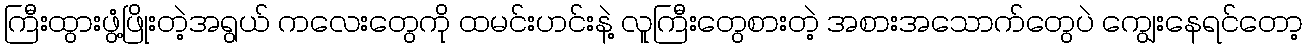
ကြီးထွားဖွံ့ဖြိုးတဲ့အရွယ် ကလေးတွေကို ထမင်းဟင်းနဲ့ လူကြီးတွေစားတဲ့ အစားအသောက်တွေပဲ ကျွေးနေရင်တော့